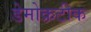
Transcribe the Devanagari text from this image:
डेमोक्रटीक